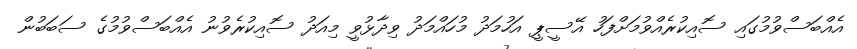
އެއްބަސްވުމުގައި ސޮއިކުރެއްވުމަށްފަހު އޭސީޕީ އަހުމަދު މުހައްމަދު ވިދާޅުވީ މިއަދު ސޮއިކުރެވުނު އެއްބަސްވުމުގެ ސަބަބުން